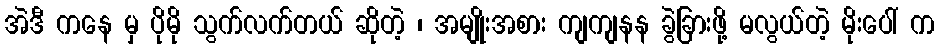
အဲဒီ ကနေ မှ ပိုမို သွက်လက်တယ် ဆိုတဲ့ ၊ အမျိုးအစား ကျကျနန ခွဲခြားဖို့ မလွယ်တဲ့ မိုးပေါ် က